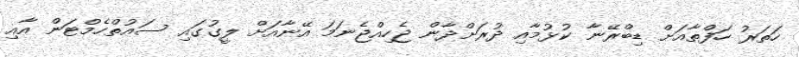
ހަތަރު ހަފްތާއަށް ޑިބްރޭނާ ކުޅުމާއި ދުރަށްދާން ޖެހިއްޖެނަމަ އޭނާއަށް ލީގުގައި ސައުތްހެމްޓަން އާއި